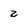
Character: 2